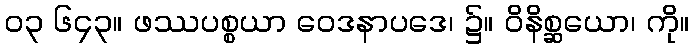
၀၃ ၆၄၃။ ဖဿပစ္စယာ ဝေဒနာပဒေ၊ ၌။ ဝိနိစ္ဆယော၊ ကို။